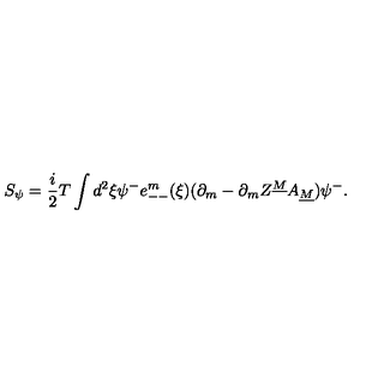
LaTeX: S _ { \psi } = { \frac { i } { 2 } } T \int d ^ { 2 } \xi \psi ^ { - } e _ { -- } ^ { m } ( \xi ) ( \partial _ { m } - \partial _ { m } Z ^ { \underline { M } } A _ { \underline { M } } ) \psi ^ { - } .